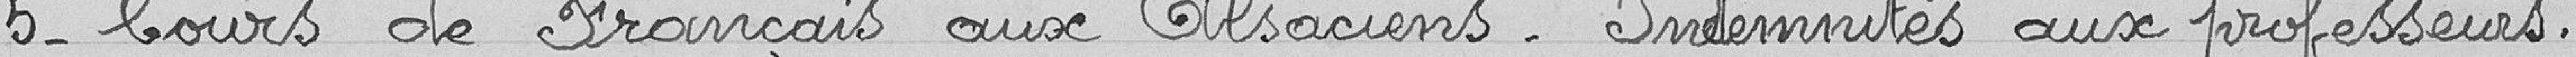
5- Cours de Français aux Alsaciens - Indemnités aux professeurs.